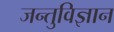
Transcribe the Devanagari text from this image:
जन्तुविज्ञान